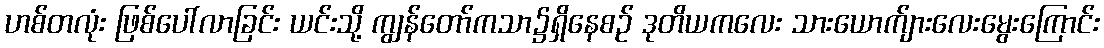
ဟစ်တလုံး ဖြစ်ပေါ်လာခြင်း ယင်းသို့ ကျွန်တော်ကသာ၌ရှိနေစဉ် ဒုတိယကလေး သားယောက်ျားလေးမွေးကြောင်း